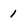
Character: 1